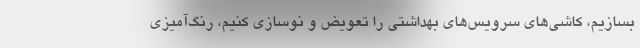
بسازیم، کاشی‌های سرویس‌های بهداشتی را تعویض و نوسازی کنیم، رنگ‌آمیزی